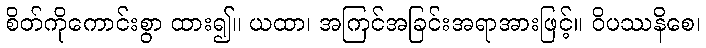
စိတ်ကိုကောင်းစွာ ထား၍။ ယထာ၊ အကြင်အခြင်းအရာအားဖြင့်။ ဝိပဿနိစေ၊